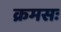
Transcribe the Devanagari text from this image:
क्रमसः